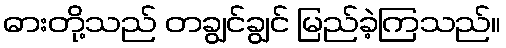
ဓားတို့သည် တချွင်ချွင် မြည်ခဲ့ကြသည်။